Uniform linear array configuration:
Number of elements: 48
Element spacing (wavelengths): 0.75
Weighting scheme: exponential
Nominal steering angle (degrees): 15
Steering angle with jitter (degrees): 14.486
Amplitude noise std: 0.05
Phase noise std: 0.05

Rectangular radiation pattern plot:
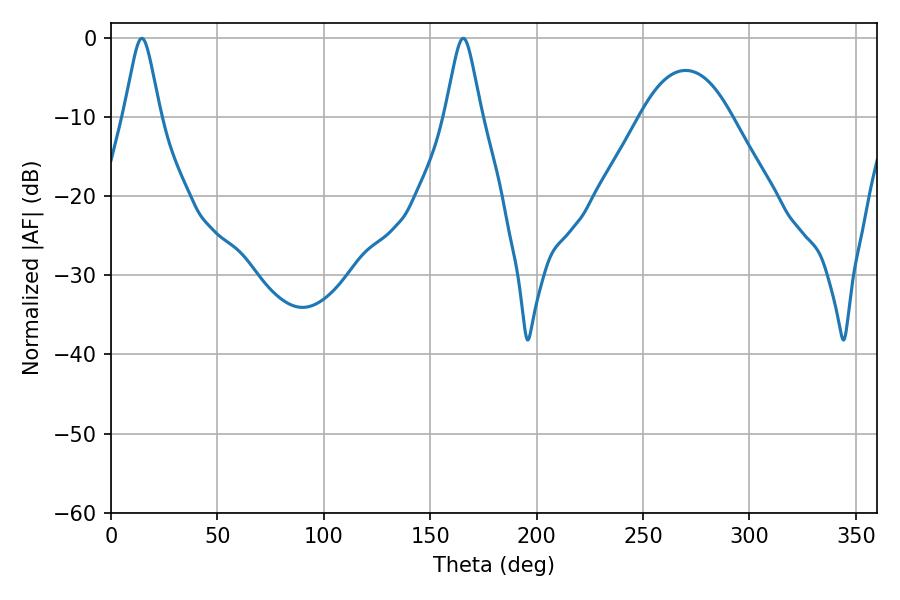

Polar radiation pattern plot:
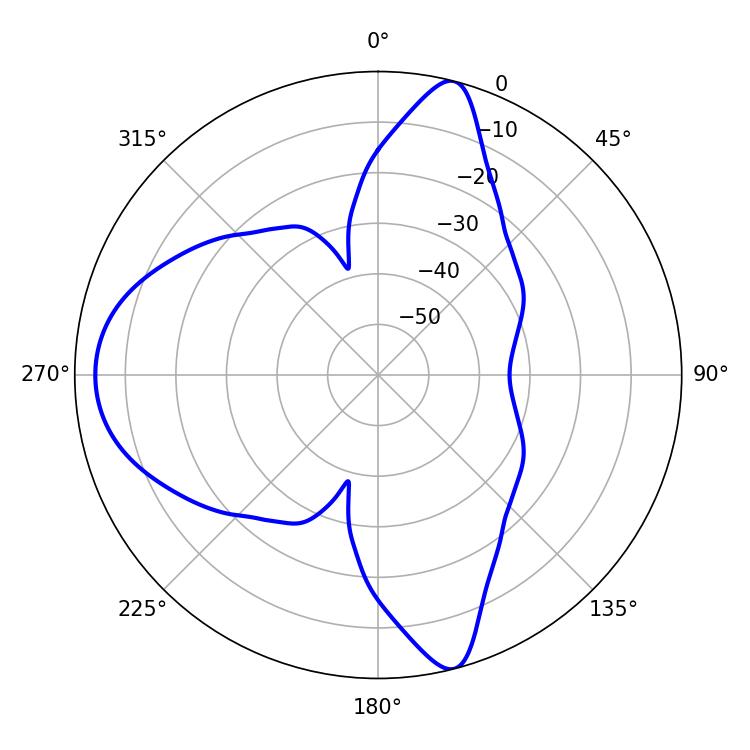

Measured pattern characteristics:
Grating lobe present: TRUE
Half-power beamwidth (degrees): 8.1
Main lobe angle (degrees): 14.4